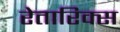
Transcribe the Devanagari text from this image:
रेतारिक्स